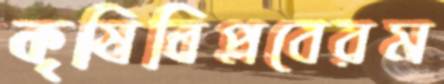
কৃষিবিপ্লবেরম